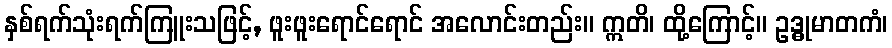
နှစ်ရက်သုံးရက်ကြူးသဖြင့်, ဖူးဖူးရောင်ရောင် အလောင်းတည်း။ ဣတိ၊ ထို့ကြောင့်။ ဥဒ္ဓုမာတကံ၊